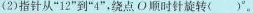
(2)指针从”12”到”4”，绕点O顺时针旋转()°。